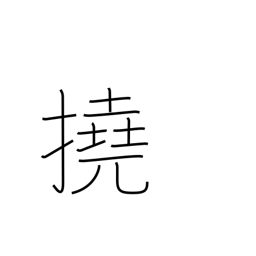
Meaning: bend